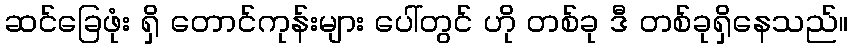
ဆင်ခြေဖုံး ရှိ တောင်ကုန်းများ ပေါ်တွင် ဟို တစ်ခု ဒီ တစ်ခုရှိနေသည်။